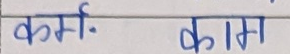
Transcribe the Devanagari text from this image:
कर्म काम्